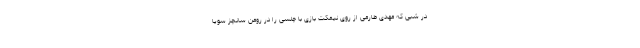
در شبی که مهدی طارمی از روی نیمکت بازی با چلسی را در رومن سانچز سویا